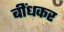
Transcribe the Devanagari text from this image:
बींधकर